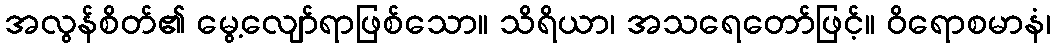
အလွန်စိတ်၏ မွေ့လျော်ရာဖြစ်သော။ သိရိယာ၊ အသရေတော်ဖြင့်။ ဝိရောစမာနံ၊